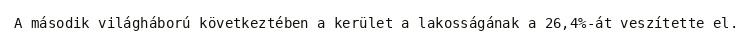
A második világháború következtében a kerület a lakosságának a 26,4%-át veszítette el.